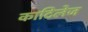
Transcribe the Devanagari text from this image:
काटिलेज